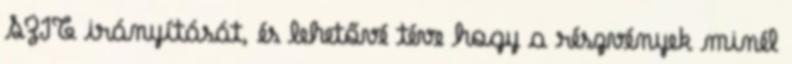
SZIT irányítását, és lehetővé téve hogy a részvények minél